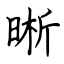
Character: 晰